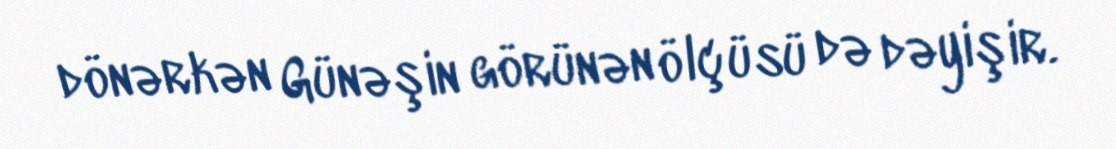
dönərkən Günəşin görünən ölçüsü də dəyişir.